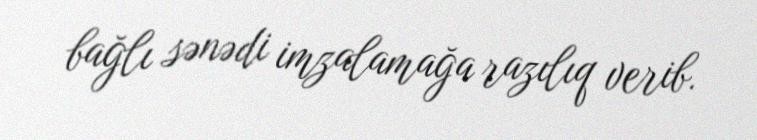
bağlı sənədi imzalamağa razılıq verib.